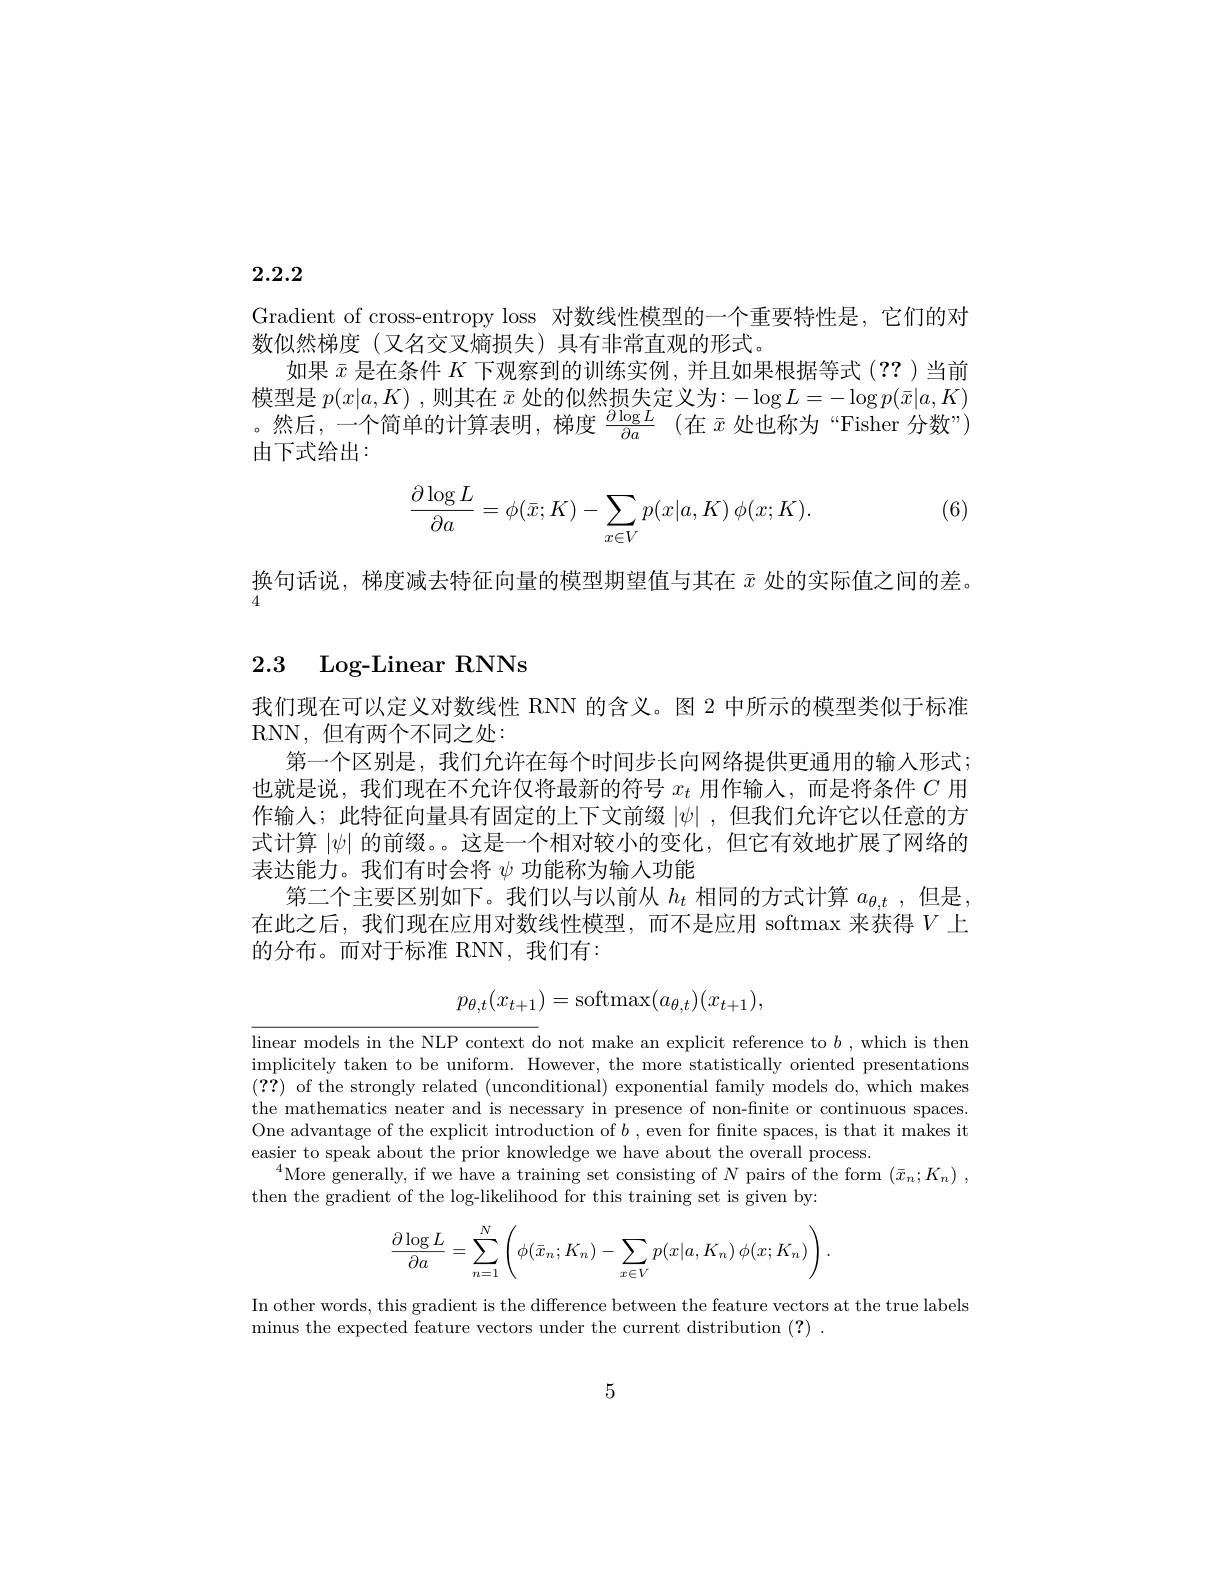
# 2.2.2

Gradient of cross-entropy loss 对数线性模型的一个重要特性是，它们的对
数似然梯度(又名交叉熵损失)具有非常直观的形式。
如果$\bar{x}$是在条件$K$下观察到的训练实例，并且如果根据等式(??)当前模型是$p(x|a,K)$ ,则其在$\bar{x}$处的似然损失定义为$:-\log L=-\log p(\bar{x}|a,K)$ 。然后，一个简单的计算表明，梯度$\frac \partial {\log }L{\partial a}$ (在$\bar{x}$处也称为“Fisher 分数”) 由下式给出：

(6)
$$\begin{aligned}\frac{\partial\log L}{\partial a}=\phi(\bar x;K)-\sum_{x\in V}p(x|a,K)\:\phi(x;K).\end{aligned}$$
换句话说，梯度减去特征向量的模型期望值与其在$\bar{x}$处的实际值之间的差。
4

2.3 Log-Linear RNNs

我们现在可以定义对数线性 RNN 的含义。图 2 中所示的模型类似于标准
RNN, 但有两个不同之处：
第一个区别是，我们允许在每个时间步长向网络提供更通用的输入形式； 也就是说，我们现在不允许仅将最新的符号$x_t$用作输入，而是将条件$C$用作输入；此特征向量具有固定的上下文前缀$|\psi|$ ,但我们允许它以任意的方式计算$|\psi|$的前缀。。这是一个相对较小的变化，但它有效地扩展了网络的表达能力。我们有时会将$\psi$功能称为输入功能
第二个主要区别如下。我们以与以前从$h_t$相同的方式计算$a_{\theta,t}$,但是， 在此之后，我们现在应用对数线性模型，而不是应用 softmax 来获得$V$上的分布。而对于标准 RNN,我们有：
$$p_{\theta,t}(x_{t+1})=\mathrm{softmax}(a_{\theta,t})(x_{t+1}),$$
linear models in the NLP context do not make an explicit reference to $b$ ,which is then implicitely taken to be uniform. However, the more statistically oriented presentations (??) of the strongly related (unconditional) exponential family models do, which makes the mathematics neater and is necessary in presence of non-finite or continuous spaces One advantage of the explicit introduction of $b$ , even for fnite spaces, is that it makes it easier to speak about the prior knowledge we have about the overall process.
$^{4}$More generally, if we have a training set consisting of $N$ pairs of the form $( \bar{x} _n; K_n)$ ,
then the gradient of the log-likelihood for this training set is given by:
$$\begin{aligned}\frac{\partial\log L}{\partial a}=\sum_{n=1}^N\left(\phi(\bar{x}_n;K_n)-\sum_{x\in V}p(x|a,K_n)\:\phi(x;K_n)\right).\end{aligned}$$
In other words, this gradient is the difference between the feature vectors at the true labels
minus the expected feature vectors under the current distribution (?)

5